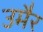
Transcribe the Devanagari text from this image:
उमैर